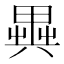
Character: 𠔱